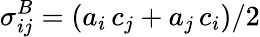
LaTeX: \sigma_{ij}^{B}=\left(a_{i}\, c_{j}+a_{j}\, c_{i}\right)/2